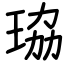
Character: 珕